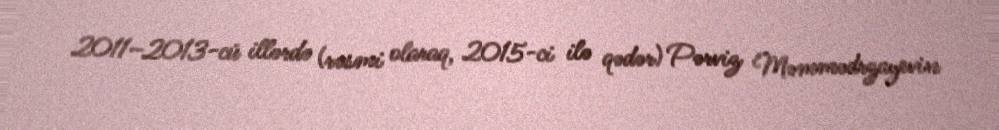
2011–2013-cü illərdə (rəsmi olaraq, 2015-ci ilə qədər) Pərviz Məmmədrzayevin